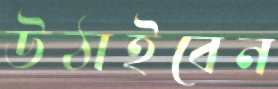
উঠাইবেন